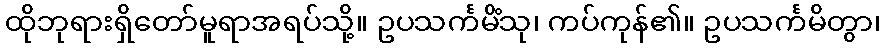
ထိုဘုရားရှိတော်မူရာအရပ်သို့။ ဥပသင်္ကမိံသု၊ ကပ်ကုန်၏။ ဥပသင်္ကမိတွာ၊